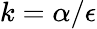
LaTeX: k=\alpha/\epsilon